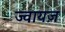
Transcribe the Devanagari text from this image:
ज्वायज़